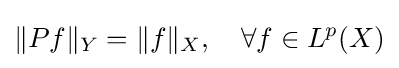
\|Pf\|_{Y}=\|f\|_{X},\quad \forall f\in L^{p}(X)